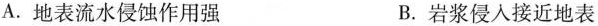
A.地表流水侵蚀作用强 B.岩浆侵入接近地表